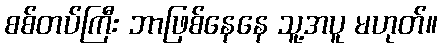
စစ်တပ်ကြီး ဘာဖြစ်နေနေ သူ့အပူ မဟုတ်။